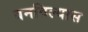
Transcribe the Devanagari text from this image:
बनविल्यास